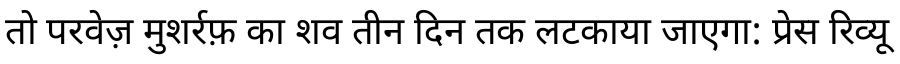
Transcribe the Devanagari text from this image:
तो परवेज़ मुशर्रफ़ का शव तीन दिन तक लटकाया जाएगा: प्रेस रिव्यू